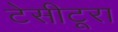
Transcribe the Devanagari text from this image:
टेसीटूरा